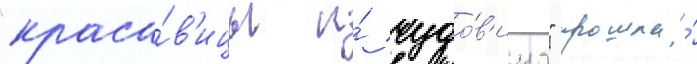
"краса́в'ицы и́ чудо́в'ища" прошла́